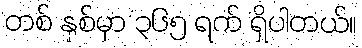
တစ် နှစ်မှာ ၃၆၅ ရက် ရှိပါတယ်။